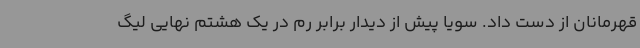
قهرمانان از دست داد. سویا پیش از دیدار برابر رم در یک هشتم نهایی لیگ